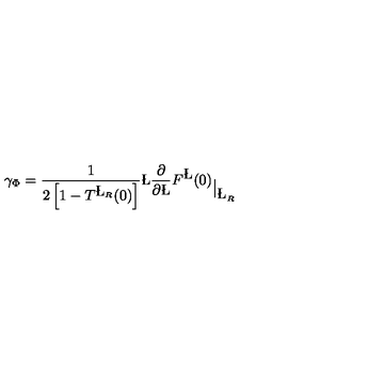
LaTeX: \gamma _ { \Phi } = \frac { 1 } { 2 \left[ 1 - T ^ { \L _ { R } } ( 0 ) \right] } \L \frac { \partial } { \partial \L } { F ^ { \L } ( 0 ) } _ { \big | _ { \L _ { R } } }